65_HS1-834228961_62-HQ-83894_Section_8
Agency: FBI
Page 108
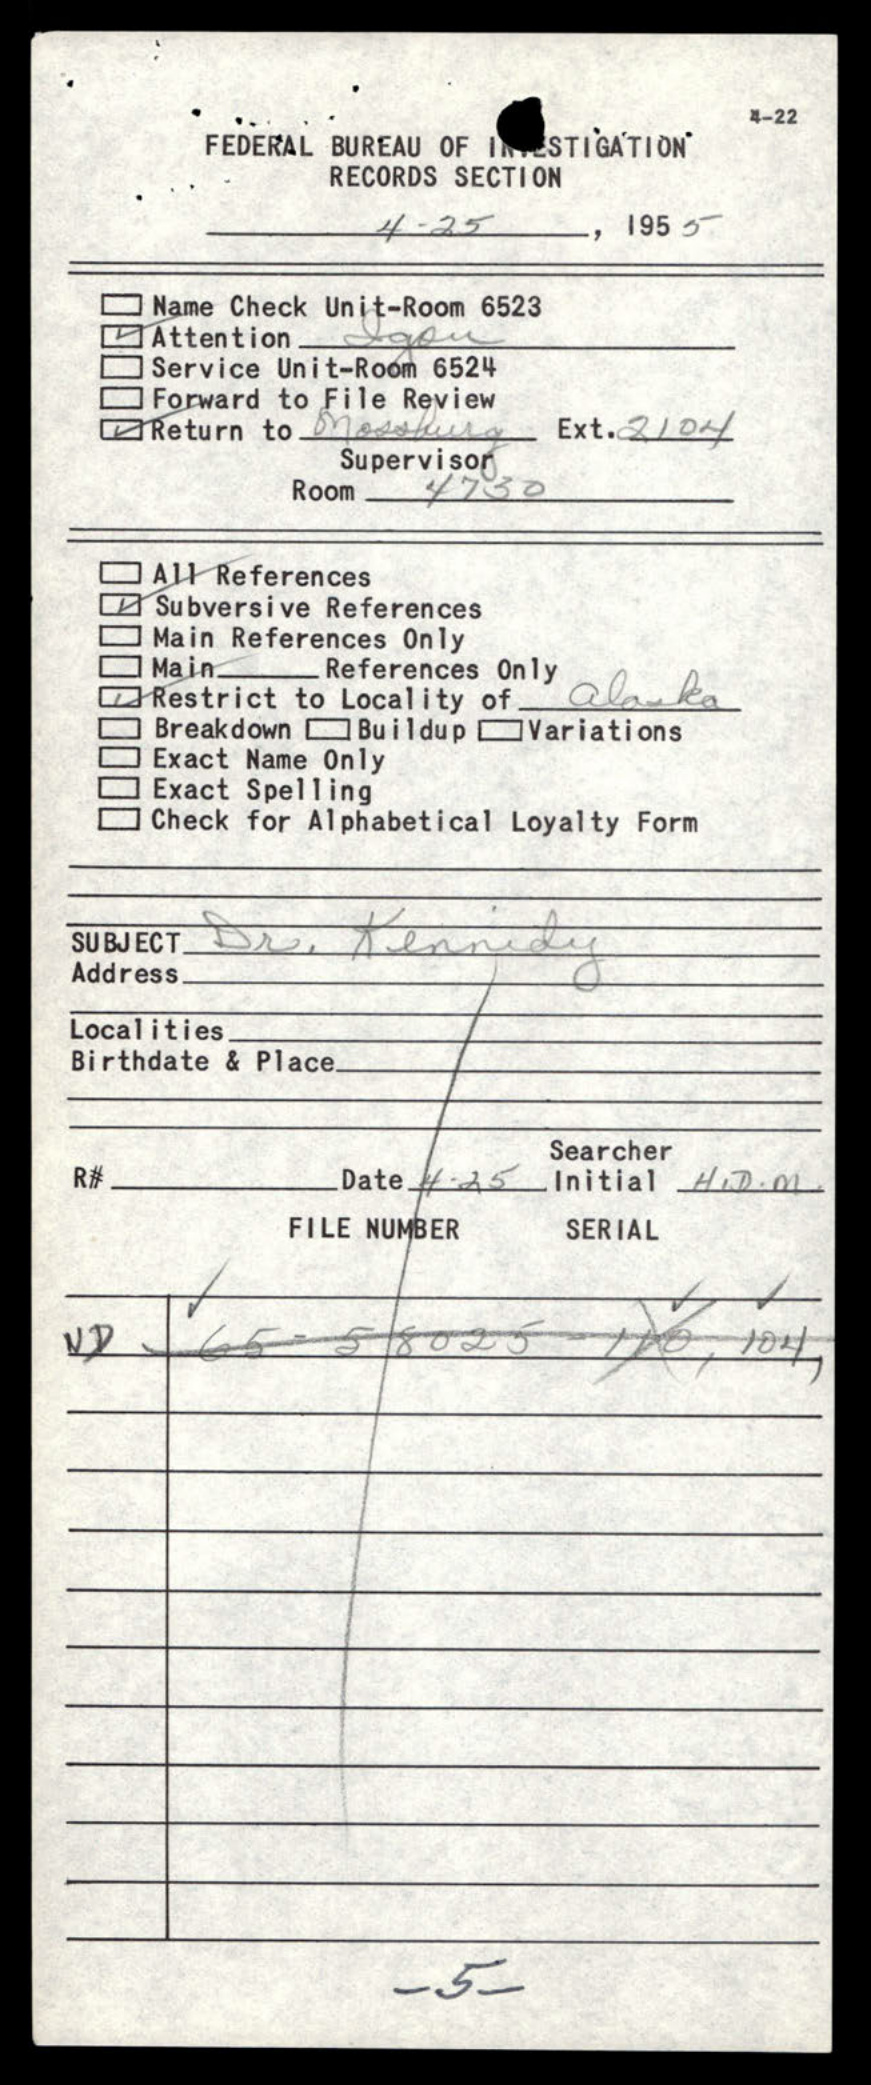